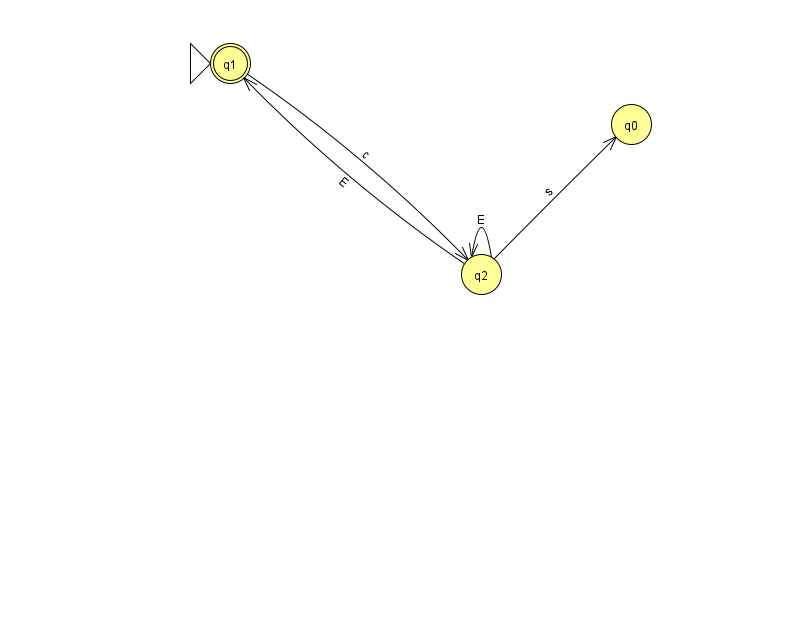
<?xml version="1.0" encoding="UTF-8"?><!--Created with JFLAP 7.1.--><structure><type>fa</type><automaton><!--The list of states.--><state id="0" name="q0"><x>631.0</x><y>111.0</y></state><state id="1" name="q1"><x>230.0</x><y>50.0</y><initial/><final/></state><state id="2" name="q2"><x>481.0</x><y>261.0</y></state><!--The list of transitions.--><transition><from>2</from><to>2</to><read>E</read></transition><transition><from>2</from><to>1</to><read>E</read></transition><transition><from>2</from><to>0</to><read>s</read></transition><transition><from>1</from><to>2</to><read>c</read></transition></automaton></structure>